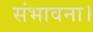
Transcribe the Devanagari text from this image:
संभावना।